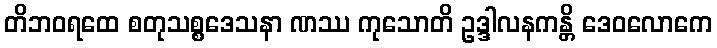
တိဘဝရထေ စတုသစ္စဒေသနာ ဏဿ ကုသောတိ ဥဒ္ဒါလနကန္တိ ဒေဝလောကေ